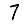
Digit: 7